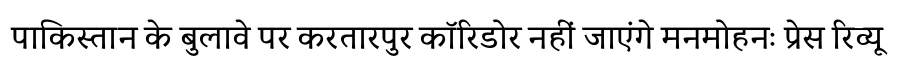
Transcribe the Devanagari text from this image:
पाकिस्तान के बुलावे पर करतारपुर कॉरिडोर नहीं जाएंगे मनमोहनः प्रेस रिव्यू